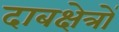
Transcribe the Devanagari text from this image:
दाबक्षेत्रों